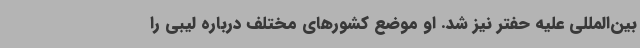
بین‌المللی علیه حفتر نیز شد. او موضع کشورهای مختلف درباره لیبی را